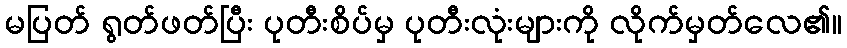
မပြတ် ရွတ်ဖတ်ပြီး ပုတီးစိပ်မှ ပုတီးလုံးများကို လိုက်မှတ်လေ၏။